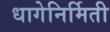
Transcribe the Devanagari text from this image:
धागेनिर्मिती